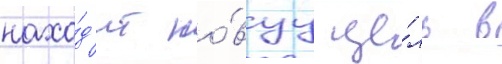
нахо́д'ит но́вуу це́ль в